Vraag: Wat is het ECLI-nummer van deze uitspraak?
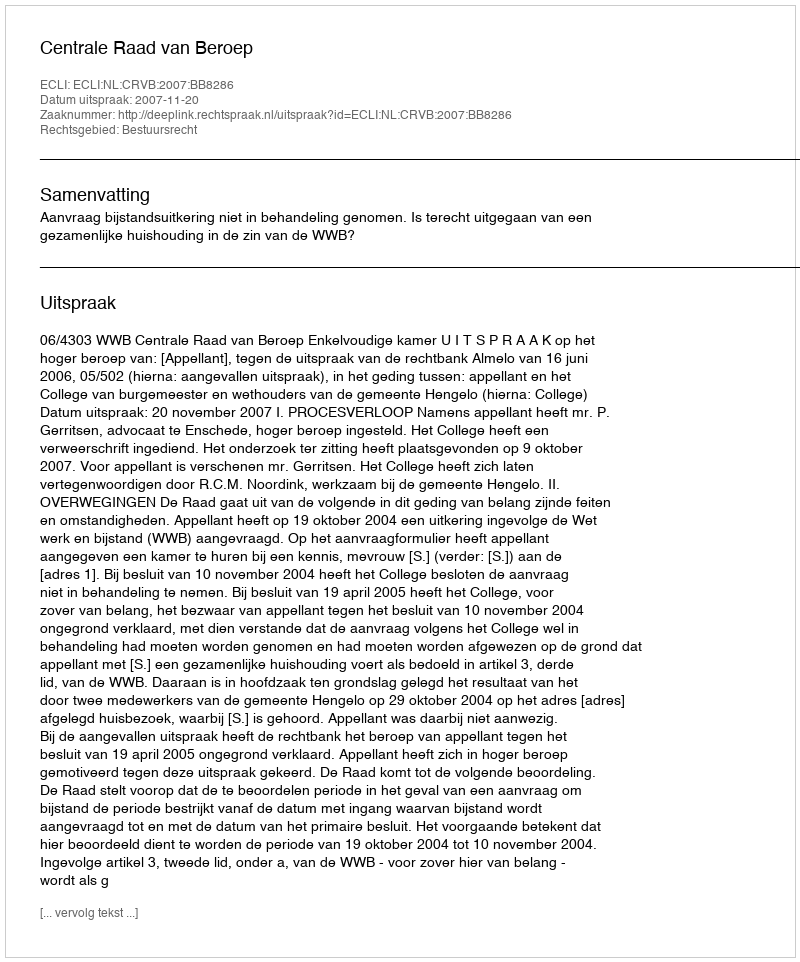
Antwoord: ECLI:NL:CRVB:2007:BB8286